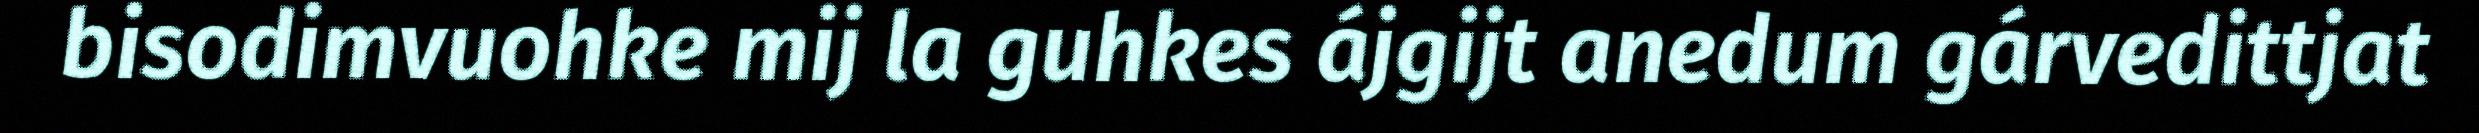
bisodimvuohke mij la guhkes ájgijt anedum gárvedittjat